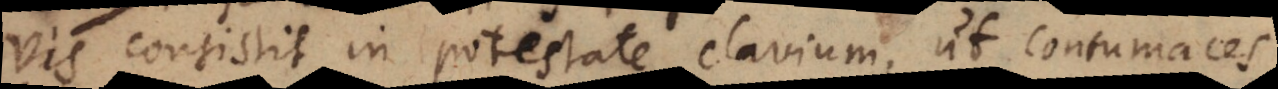
vis consistit in potestate clavium, ut contumaces